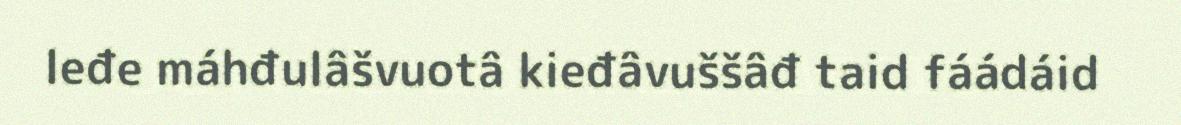
leđe máhđulâšvuotâ kieđâvuššâđ taid fáádáid